Civil Veterinary Department. United Provinces 1912-22 - 1912-1922
Year: 1912
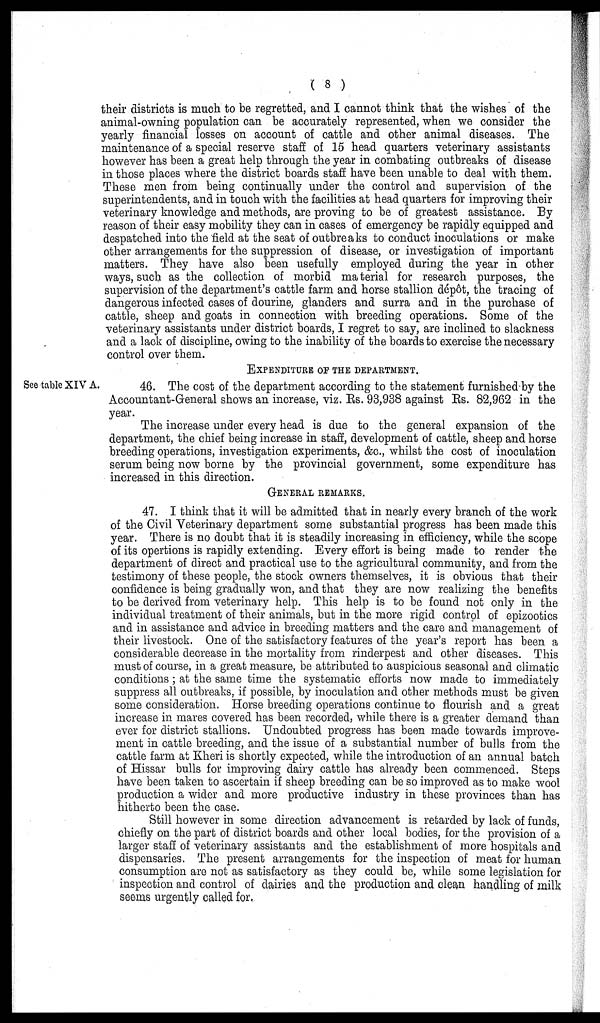
(8)
their districts is much to be regretted, and I cannot think that the wishes of the
animal-owning population can be accurately represented, when we consider the
yearly financial losses on account of cattle and other animal diseases. The
maintenance of a special reserve staff of 15 head quarters veterinary assistants
however has been a great help through the year in combating outbreaks of disease
in those places where the district boards staff have been unable to deal with them.
These men from being continually under the control and supervision of the
superintendents, and in touch with the facilities at head quarters for improving their
veterinary knowledge and methods, are proving to be of greatest assistance. By
reason of their easy mobility they can in cases of emergency be rapidly equipped and
despatched into the field at the seat of outbreaks to conduct inoculations or make
other arrangements for the suppression of disease, or investigation of important
matters. They have also been usefully employed during the year in other
ways, such as the collection of morbid material for research purposes, the
supervision of the department's cattle farm and horse stallion dépôt, the tracing of
dangerous infected cases of dourine, glanders and surra and in the purchase of
cattle, sheep and goats in connection with breeding operations. Some of the
veterinary assistants under district boards, I regret to say, are inclined to slackness
and a lack of discipline, owing to the inability of the boards to exercise the necessary
control over them.
EXPENDITURE OF THE DEPARTMENT.
See table XIV A.
46. The cost of the department according to the statement furnished by the
Accountant-General shows an increase, viz. Rs. 93,938 against Rs. 82,962 in the
year.
The increase under every head is due to the general expansion of the
department, the chief being increase in staff, development of cattle, sheep and horse
breeding operations, investigation experiments, &c, whilst the cost of inoculation
serum being now borne by the provincial government, some expenditure has
increased in this direction.
GENERAL REMARKS.
47. I think that it will be admitted that in nearly every branch of the work
of the Civil Veterinary department some substantial progress has been made this
year. There is no doubt that it is steadily increasing in efficiency, while the scope
of its opertions is rapidly extending. Every effort is being made to render the
department of direct and practical use to the agricultural community, and from the
testimony of these people, the stock owners themselves, it is obvious that their
confidence is being gradually won, and that they are now realizing the benefits
to be derived from veterinary help. This help is to be found not only in the
individual treatment of their animals, but in the more rigid control of epizootics
and in assistance and advice in breeding matters and the care and management of
their livestock. One of the satisfactory features of the year's report has been a
considerable decrease in the mortality from rinderpest and other diseases. This
must of course, in a great measure, be attributed to auspicious seasonal and climatic
conditions; at the same time the systematic efforts now made to immediately
suppress all outbreaks, if possible, by inoculation and other methods must be given
some consideration. Horse breeding operations continue to flourish and a great
increase in mares covered has been recorded, while there is a greater demand than
ever for district stallions. Undoubted progress has been made towards improve-
ment in cattle breeding, and the issue of a substantial number of bulls from the
cattle farm at Kheri is shortly expected, while the introduction of an annual batch
of Hissar bulls for improving dairy cattle has already been commenced. Steps
have been taken to ascertain if sheep breeding can be so improved as to make wool
production a wider and more productive industry in these provinces than has
hitherto been the case.
Still however in some direction advancement is retarded by lack of funds,
chiefly on the part of district boards and other local bodies, for the provision of a
larger staff of veterinary assistants and the establishment of more hospitals and
dispensaries. The present arrangements for the inspection of meat for human
consumption are not as satisfactory as they could be, while some legislation for
inspection and control of dairies and the production and clean handling of milk
seems urgently called for.